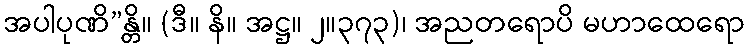
အပါပုဏိ”န္တိ။ (ဒီ။ နိ။ အဋ္ဌ။ ၂။၃၇၃)၊ အညတရောပိ မဟာထေရော